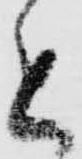
と